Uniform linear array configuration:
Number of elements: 64
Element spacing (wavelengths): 1
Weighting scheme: binomial
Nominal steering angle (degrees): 30
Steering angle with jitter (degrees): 31.489
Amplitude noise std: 0.05
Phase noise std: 0.05

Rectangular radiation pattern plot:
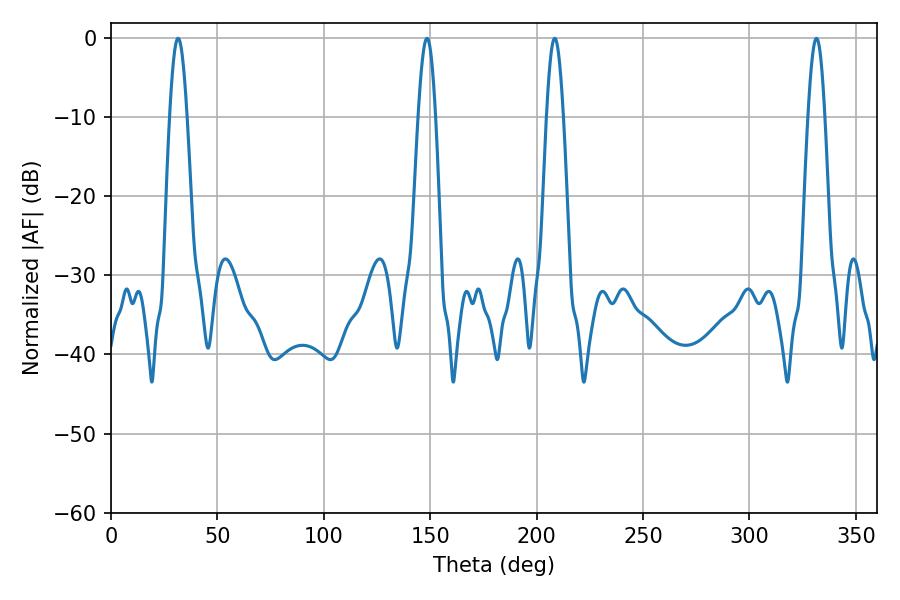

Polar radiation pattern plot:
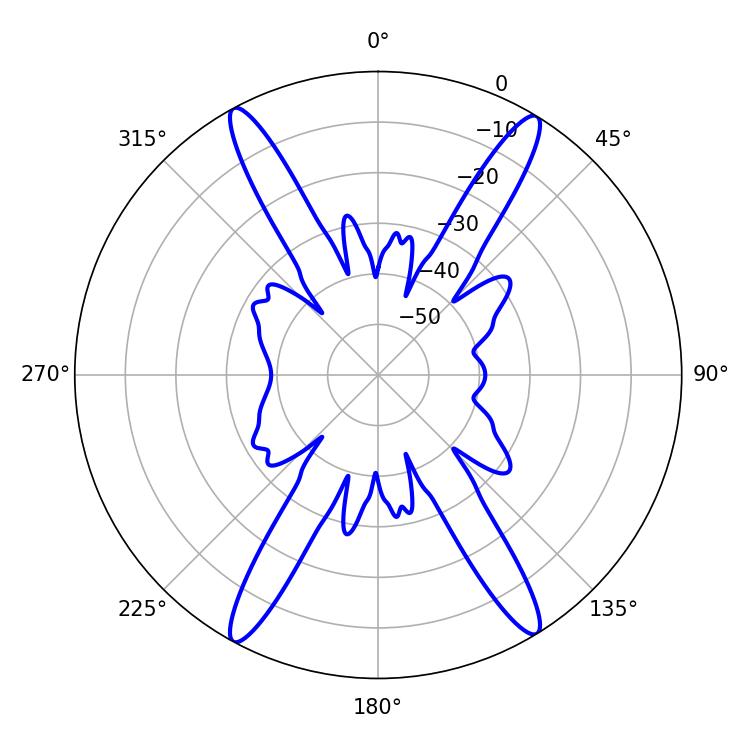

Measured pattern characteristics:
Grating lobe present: TRUE
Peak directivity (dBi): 22.87
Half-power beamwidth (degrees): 4.32
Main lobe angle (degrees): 31.5